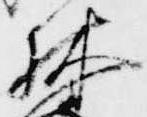
林